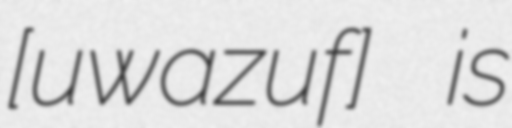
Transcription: [uˈwazuf] is